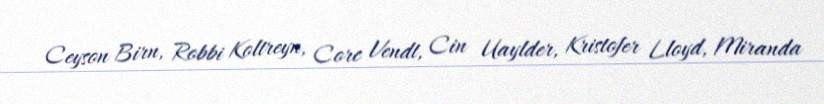
Ceyson Birn, Robbi Koltreyn, Corc Vendt, Cin Uaylder, Kristofer Lloyd, Miranda